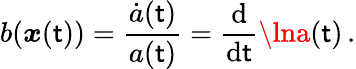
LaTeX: b(\boldsymbol{x}(\mathsf{t}))=\frac{{\dot{{a}}(\mathsf{t})}}{{a(\mathsf{t})}}=\frac{{\mathrm{{d}}}}{{\mathrm{{d}}\mathsf{t}}}\lna(\mathsf{t})\, .